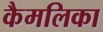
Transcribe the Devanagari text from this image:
कैमलिका